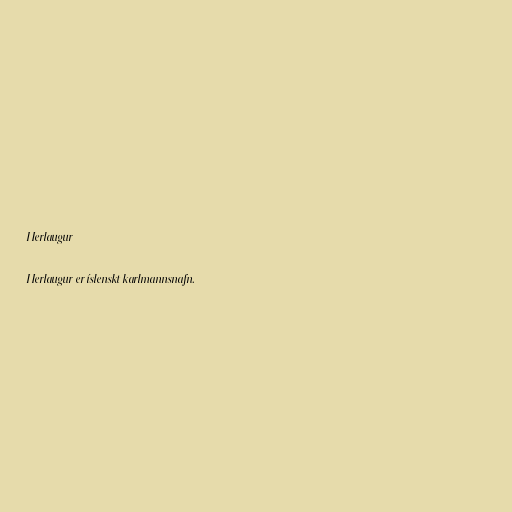
Herlaugur

Herlaugur er íslenskt karlmannsnafn.